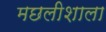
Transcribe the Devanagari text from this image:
मछलीशाला